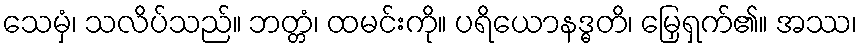
သေမှံ၊ သလိပ်သည်။ ဘတ္တံ၊ ထမင်းကို။ ပရိယောနဒ္ဓတိ၊ မြှေရှက်၏။ အဿ၊